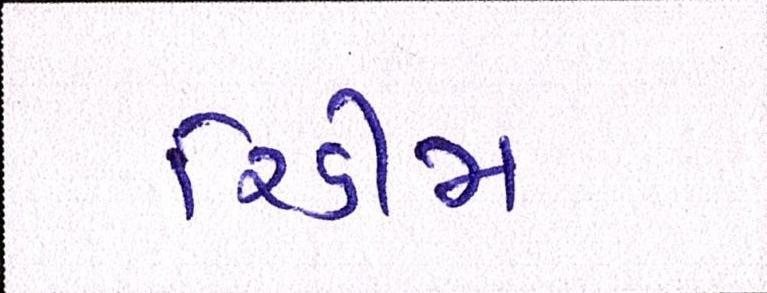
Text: રિડીમ